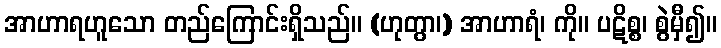
အာဟာရဟူသော တည်ကြောင်းရှိသည်။ (ဟုတွာ၊) အာဟာရံ၊ ကို။ ပဋိစ္စ၊ စွဲမှီ၍။